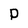
Character: P